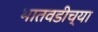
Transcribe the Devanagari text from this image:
भातवडीच्या